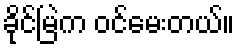
ခိုင်မြဲက ဝင်မေးတယ်။